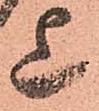
上